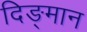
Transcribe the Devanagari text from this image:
दिङ्‌मान